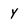
Character: y